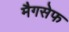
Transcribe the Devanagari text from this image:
मैगसेफ